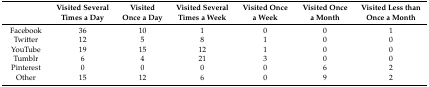
<table><thead><tr><td></td><td><b>Visited Several Times a Day</b></td><td><b>Visited Once a Day</b></td><td><b>Visited Several Times a Week</b></td><td><b>Visited Once a Week</b></td><td><b>Visited Once a Month</b></td><td><b>Visited Less than Once a Month</b></td></tr></thead><tbody><tr><td>Facebook</td><td>36</td><td>10</td><td>1</td><td>0</td><td>0</td><td>1</td></tr><tr><td>Twitter</td><td>12</td><td>5</td><td>8</td><td>1</td><td>0</td><td>0</td></tr><tr><td>YouTube</td><td>19</td><td>15</td><td>12</td><td>1</td><td>0</td><td>0</td></tr><tr><td>Tumblr</td><td>6</td><td>4</td><td>21</td><td>3</td><td>0</td><td>0</td></tr><tr><td>Pinterest</td><td>0</td><td>0</td><td>0</td><td>0</td><td>6</td><td>2</td></tr><tr><td>Other</td><td>15</td><td>12</td><td>6</td><td>0</td><td>9</td><td>2</td></tr></tbody></table>